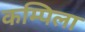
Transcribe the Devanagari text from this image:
कम्पिला